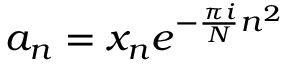
a _ { n } = x _ { n } e ^ { - { \frac { \pi i } { N } } n ^ { 2 } }